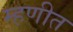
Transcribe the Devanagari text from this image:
म्हणीत